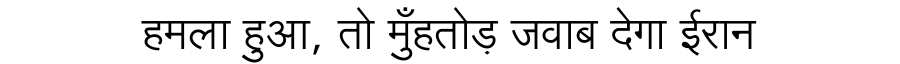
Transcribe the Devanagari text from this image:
हमला हुआ, तो मुँहतोड़ जवाब देगा ईरान